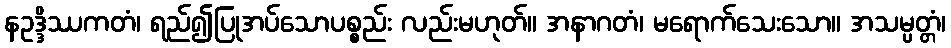
နဥဒ္ဒိဿကတံ၊ ရည်၍ပြုအပ်သောပစ္စည်း လည်းမဟုတ်။ အနာဂတံ၊ မရောက်သေးသော။ အသမ္ပတ္တံ၊